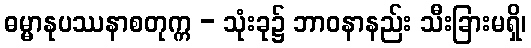
ဓမ္မာနုပဿနာစတုက္က - သုံးခု၌ ဘာဝနာနည်း သီးခြားမရှိ၊